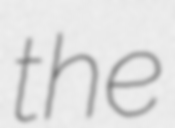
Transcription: the